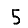
Digit: 5